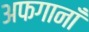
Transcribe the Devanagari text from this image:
अफगानाँं